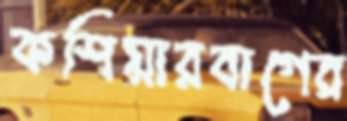
কশিয়ারবাগের